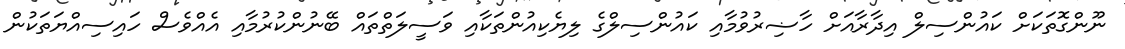
ނޫންގޮތަކަށް ކައުންސިލް އިދާރާއަށް ހާޟިރުވުމާއި ކައުންސިލްގެ ލިޔެކިއުންތަކާއި ވަސީލަތްތައް ބޭނުންކުރުމާއި އެއްވެސް ހައިސިއްޔަތަކުން